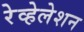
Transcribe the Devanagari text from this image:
रेव्हेलेशन